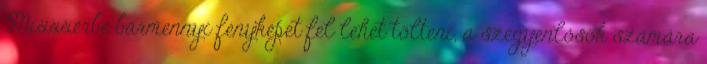
Mixxxerbe bármennyi fényképet fel lehet tölteni, a szégyenlősök számára